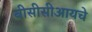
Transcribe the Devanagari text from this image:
बीसीसीआयचे